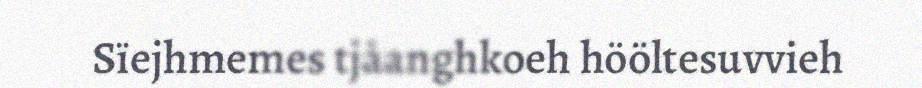
Sïejhmemes tjåanghkoeh hööltesuvvieh